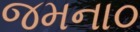
જમના૦